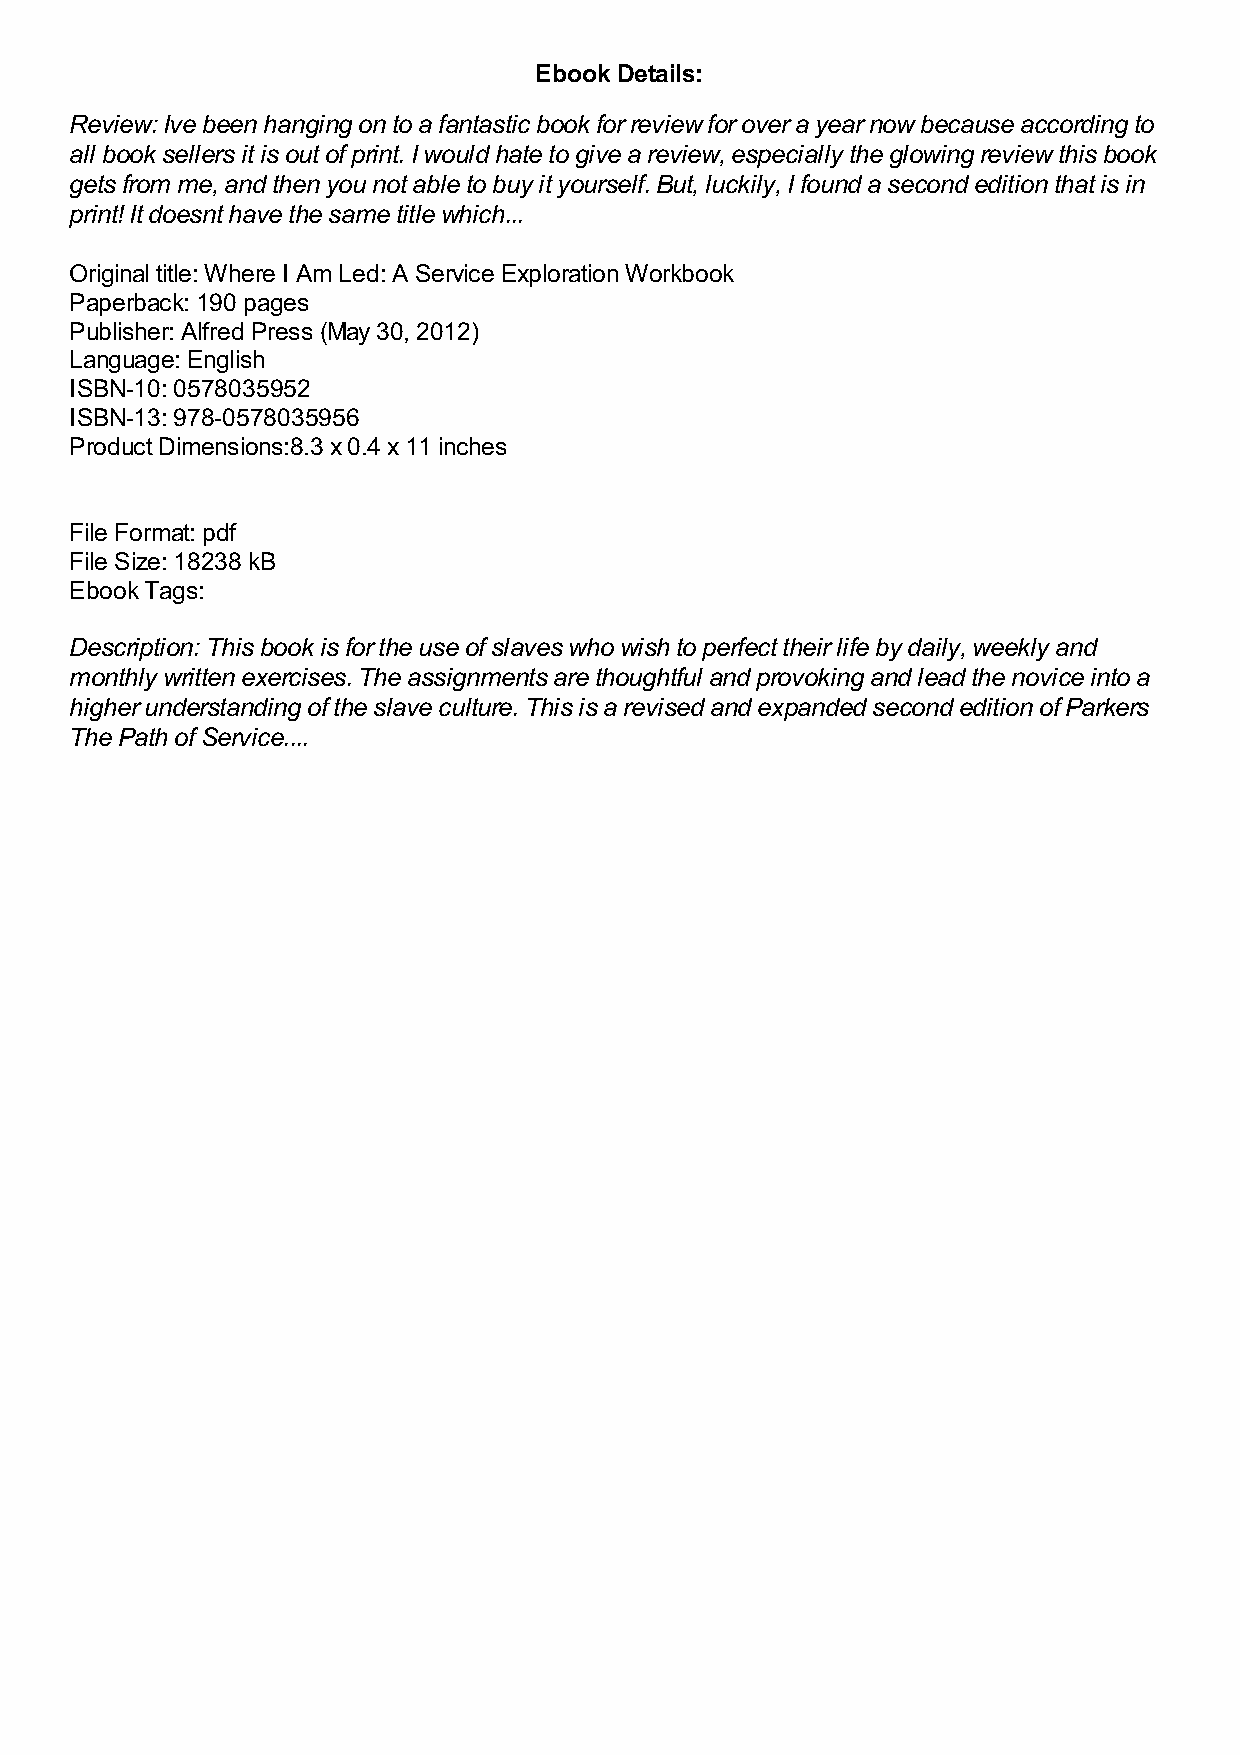
Ebook Details:
 Review: Ive been hanging on to a fantastic book for review for over a year now because according to
 all book sellers it is out of print. I would hate to give a review, especially the glowing review this book
 gets from me, and then you not able to buy it yourself. But, luckily, I found a second edition that is in
 print! It doesnt have the same title which...
 Original title: Where I Am Led: A Service Exploration Workbook
 Paperback: 190 pages
 Publisher: Alfred Press (May 30, 2012)
 Language: English
 ISBN-10: 0578035952
 ISBN-13: 978-0578035956
 Product Dimensions:8.3 x 0.4 x 11 inches
 File Format: pdf
 File Size: 18238 kB
 Ebook Tags:
 Description: This book is for the use of slaves who wish to perfect their life by daily, weekly and
 monthly written exercises. The assignments are thoughtful and provoking and lead the novice into a
 higher understanding of the slave culture. This is a revised and expanded second edition of Parkers
 The Path of Service....